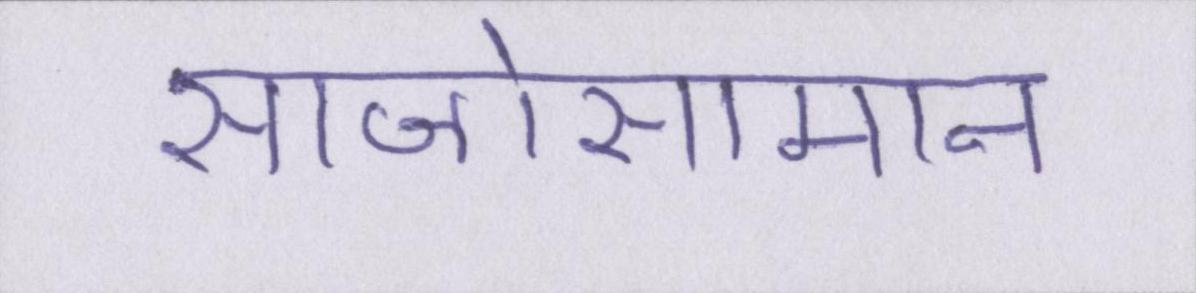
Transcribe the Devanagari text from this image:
साजोसामान